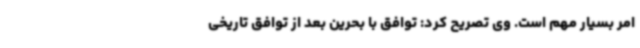
امر بسیار مهم است. وی تصریح کرد: توافق با بحرین بعد از توافق تاریخی